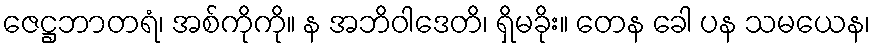
ဇေဋ္ဌဘာတရံ၊ အစ်ကိုကို။ န အဘိဝါဒေတိ၊ ရှိမခိုး။ တေန ခေါ ပန သမယေန၊